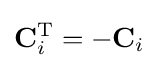
\mathbf {C} _{i}^{\textrm {T}}=-\mathbf {C} _{i}